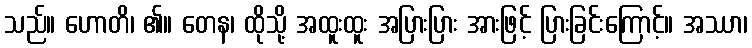
သည်။ ဟောတိ၊ ၏။ တေန၊ ထိုသို့ အထူးထူး အပြားပြား အားဖြင့် ပြားခြင်းကြောင့်။ အဿာ၊